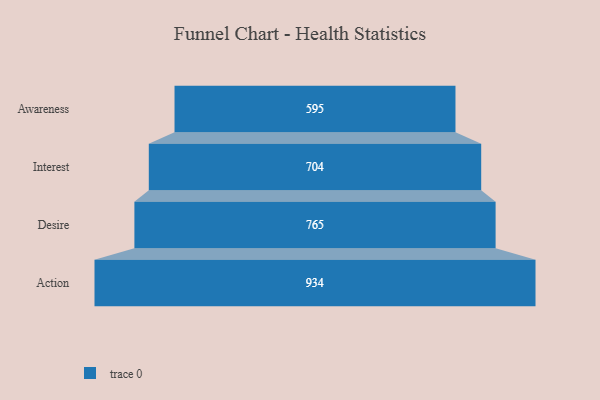
{"axis": {"x": "Stage", "y": "Value"}, "legend": [""], "data": [{"x": "Awareness", "y": 595.0, "type": ""}, {"x": "Interest", "y": 704.0, "type": ""}, {"x": "Desire", "y": 765.0, "type": ""}, {"x": "Action", "y": 934.0, "type": ""}]}